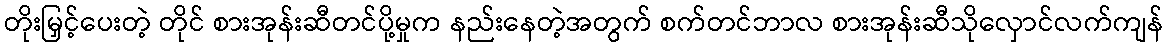
တိုးမြှင့်ပေးတဲ့ တိုင် စားအုန်းဆီတင်ပို့မှုက နည်းနေတဲ့အတွက် စက်တင်ဘာလ စားအုန်းဆီသိုလှောင်လက်ကျန်